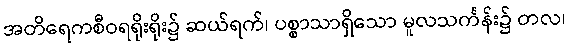
အတိရေကစီဝရရိုးရိုး၌ ဆယ်ရက်၊ ပစ္စာသာရှိသော မူလသင်္ကန်း၌ တလ၊